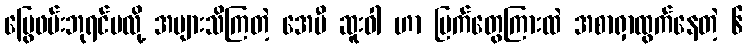
မြွေဖမ်းဘုရင်မလို့ အများသိကြတဲ့ အေမီ ဆူးဝါ ဟာ မြက်တွေကြားထဲ အစာရှာထွက်နေတဲ့ ၆